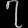
Digit: ၇